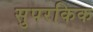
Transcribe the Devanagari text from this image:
सुपरकिक